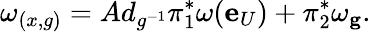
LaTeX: \omega_{(x,g)}=Ad_{g^{-1}}\pi_{1}^{*}\omega(\mathbf{e}_{U})+\pi_{2}^{*}\omega_{\mathbf{g}}.